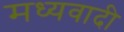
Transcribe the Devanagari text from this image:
मध्यवादी